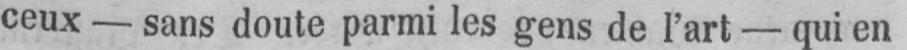
ceux - sans doute parmi les gens de l’art - qui en